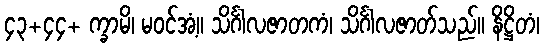
၄၃+၄၄+ က္ခာမိ၊ မဝင်အံ့။ သိင်္ဂါလဇာတကံ၊ သိင်္ဂါလဇာတ်သည်။ နိဋ္ဌိတံ၊